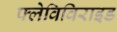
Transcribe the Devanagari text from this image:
फ्लेविविराइड